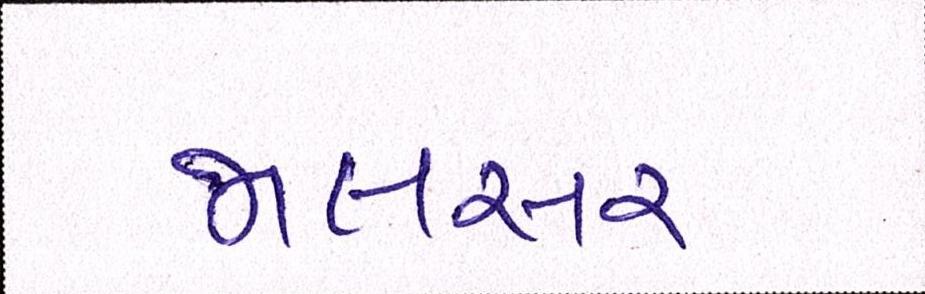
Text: જાલસર